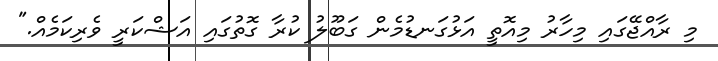
މި ރާއްޖޭގައި މިހާރު މިއޮތީ އަޅުގަނޑުމެން ގަބޫލު ކުރާ ގޮތުގައި އަޝްކަރީ ވެރިކަމެއް."